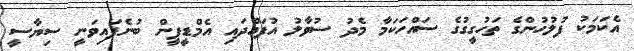
އެކަމަކު ފުލުހުންގެ ތަހުގީގުގެ ސައްހަކަމާ މެދު ސުވާލު އުފައްދައި އެމްޑީޕީން ބުނެފައިވަނީ ސިޔާސީ